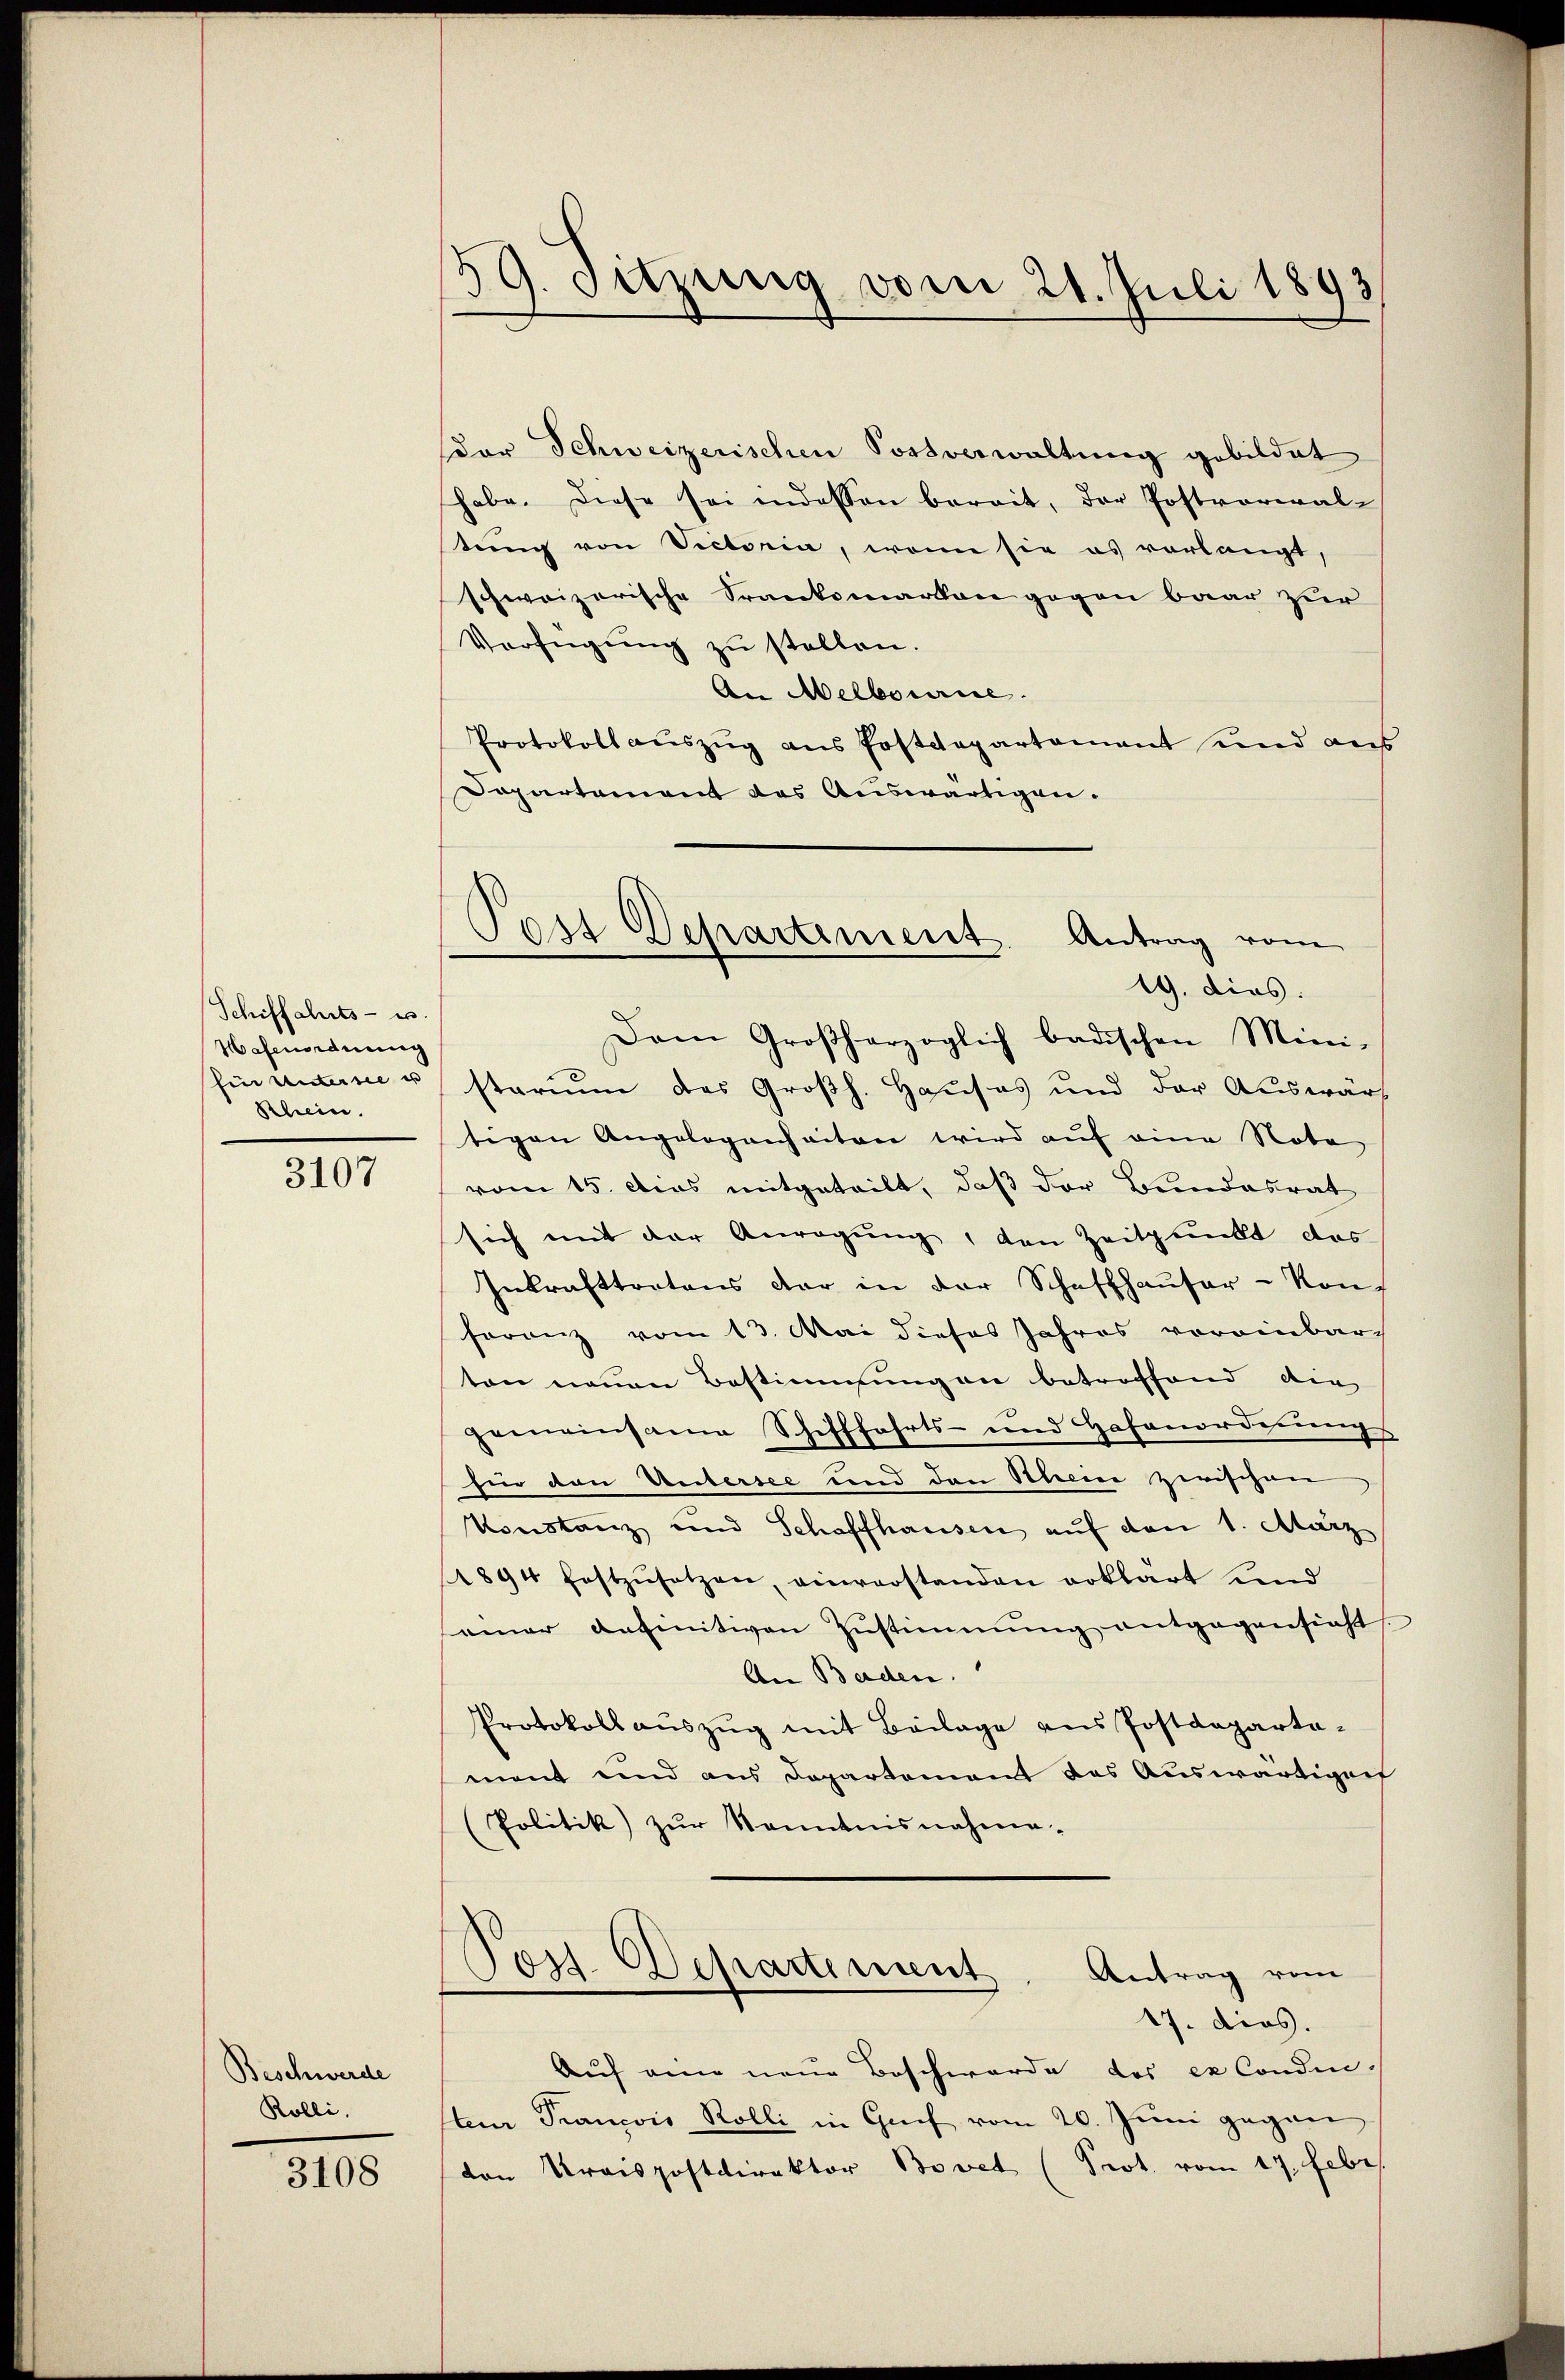
Schiffahrts- u
Hafenordnung
Ein Unterne u
Rhein.

3107

Beschwerde
Kölli.

3108

59. Sitzung vom 21. Juli 1893
s

Post Departement. Antrag vom
19. dies:

der Schweizerischen Sortverwaltung gebildet
habe. Diese sei indessen bereit, der Postvoreral-
tung von Victoria, wenn sie es vorlangt,
schweizerische Srankomarken gegen baar zur
Verfügŭng zŭ stellen.
An Melbourne.
Protokoll auszug aus Erstdepartement und aus
Dapartement des Auswärtigen.
Dem Großherzoglich badischen Mini-
starium des Großh. Hauses und der Auswart
tigen Angelegenheiten wird auf eine Note
vom 15. des mitgeteilt, daß der Bundesrat
sich mit der Anregung, den Zeitpunkt das
Inkrafttratons der in der Schaffhauser-Konferanz vom 13. Mai dieses Jahres voreinbarton neuen Bestimmungen betroffend die
gemeinsame Schifffahrts- und Hafenordnungs
hir von Untersee und den Steine zwischen
Konstanz und Schaffhausen aŭf den 1. März
1894 festzŭsetzen, einverstanden erklärt und
einer definitiven Zustimmung entgegensieht
An Baden.
Protokoll aŭszŭg mit Beilage ans Postdepartament und aus Departement des Auswärtiger
(Politik zŭr kanntensnahme-
Post Departement
Antrag vom
17. dies.
Auf eine neue Beschwerde des ex Condin-
teur Francois Rolli in Greif vom 20. Juni gegen
den Kraispostdirektor Bovet (Prot. vom 17. Febr